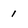
Character: 1